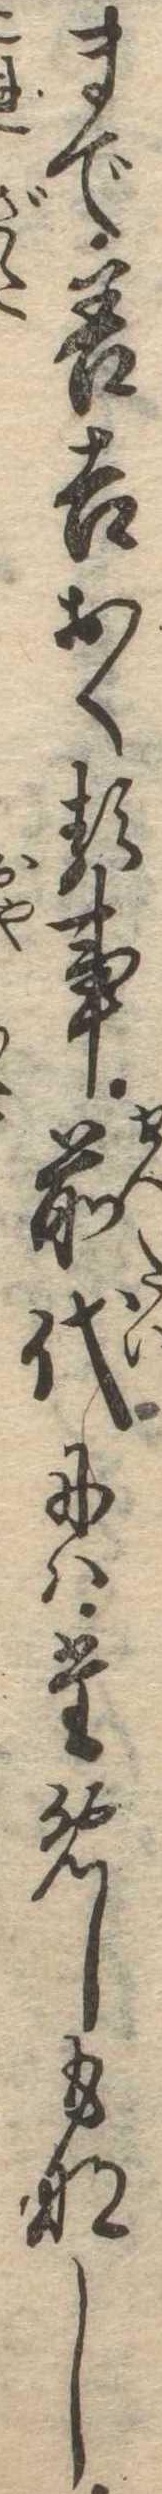
まで善吉おくる事前代にはためしもなし